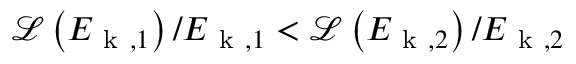
\mathcal { L } \left( E _ { \mathrm { ~ k ~ } , 1 } \right) / E _ { \mathrm { ~ k ~ } , 1 } < \mathcal { L } \left( E _ { \mathrm { ~ k ~ } , 2 } \right) / E _ { \mathrm { ~ k ~ } , 2 }